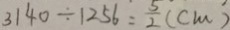
3 1 4 0 \div 1 2 5 6 = \frac { 5 } { 2 } ( c m )